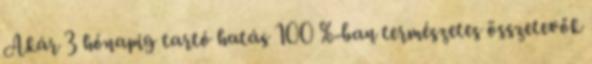
Akár 3 hónapig tartó hatás 100 %-ban természetes összetevők